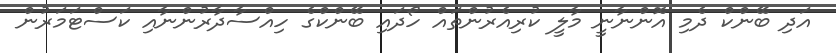
އަދި ބޭންކް ދެމި އޮންނާނީ މާލީ ކުރިއެރުންތައް ހޯދައި ބޭންކްގެ ހިއްސާދާރުންނާއި ކަސްޓަމަރުން